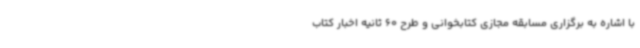
با اشاره به برگزاری مسابقه مجازی کتابخوانی و طرح 60 ثانیه اخبار کتاب